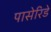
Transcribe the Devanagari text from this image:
पासेरिडे